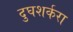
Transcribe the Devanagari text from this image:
दुघशर्करा